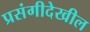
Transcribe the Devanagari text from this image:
प्रसंगीदेखील